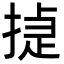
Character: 㨗